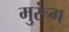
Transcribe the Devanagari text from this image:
मुरूंग